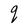
Character: q